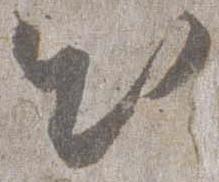
出